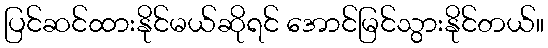
ပြင်ဆင်ထားနိုင်မယ်ဆိုရင် အောင်မြင်သွားနိုင်တယ်။